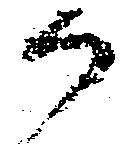
御